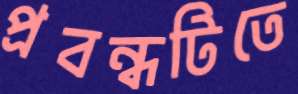
প্রবন্ধটিতে